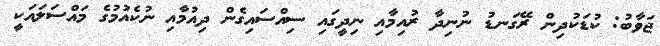
ޖަވާބު: ކުޑަކުދިން ރޭގަނޑު ނުނިދާ ރުއިމާއި ނިދީގައި ސިއްސައިގެން ދިއުމާއި ނުކެއުމުގެ މައްސަލައަކީ